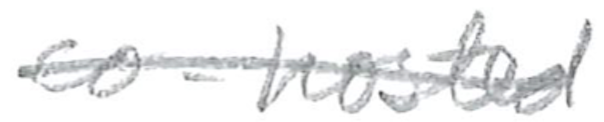
Text: co-hosted
Cross-out: single-line
Writing tool: pencil